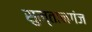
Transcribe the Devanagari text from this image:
सुल्‍तानगंज